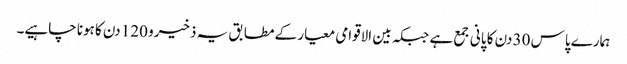
ہمارے پاس 30 دن کا پانی جمع ہے جبکہ بین الاقوامی معیار کے مطابق یہ ذخیرو 120 دن کا ہونا چاہیے۔